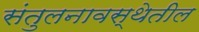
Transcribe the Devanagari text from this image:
संतुलनावस्थेतील